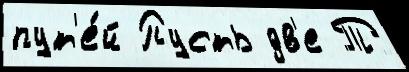
пут'е́й Пусть дв'е Т